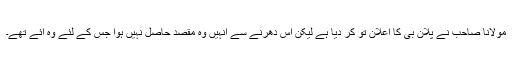
مولانا صاحب نے پلان بی کا اعلان تو کر دیا ہے لیکن اس دھرنے سے انہیں وہ مقصد حاصل نہیں ہوا جس کے لئے وہ آئے تھے۔